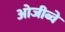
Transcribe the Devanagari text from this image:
ओजीब्वे